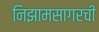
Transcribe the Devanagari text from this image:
निझामसागरची